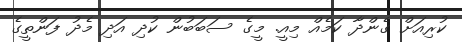
ކުރިއަށް ގެންދާ ކަމެއް މިއީ. މީގެ ސަބަބުން ކުދި އަދި މެދު ފަންތީގެ